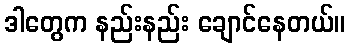
ဒါတွေက နည်းနည်း ချောင်နေတယ်။